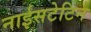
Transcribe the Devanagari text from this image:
नाईसटेटिन